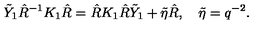
\tilde { Y } _ { 1 } \hat { R } ^ { - 1 } K _ { 1 } \hat { R } = \hat { R } K _ { 1 } \hat { R } \tilde { Y } _ { 1 } + \tilde { \eta } \hat { R } , \quad \tilde { \eta } = q ^ { - 2 } .